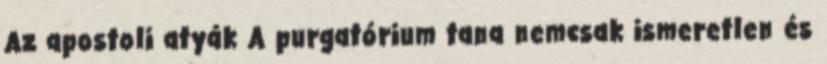
Az apostoli atyák A purgatórium tana nemcsak ismeretlen és